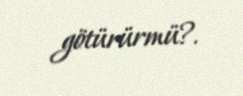
götürürmü?.